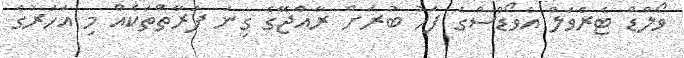
ވޯލްޑް ޓެރެވަލް އެވޯޑްސްގެ ފަހު ބުރަށް ރާއްޖޭގެ ގިނަ ފަރާތްތަކެއް މި އަހަރުގެ